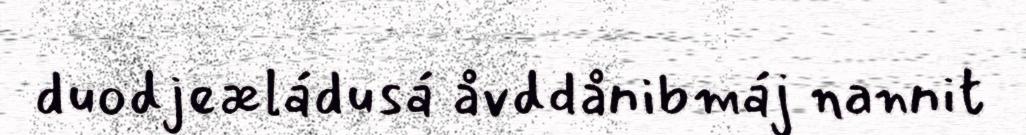
duodjeæládusá åvddånibmáj nannit